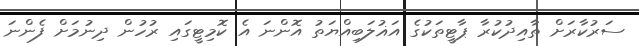
ސަރުކާރަށް ތާއިދުކުރާ ޕާޓީތަކުގެ އަޣުލަބިއްޔަތު އޮންނަ އެ ކޮމިޓީގައި ރުހުން ދިނުމަށް ފެންނަ